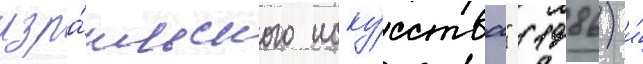
изра́ильского иску́сства" (1986) и́